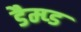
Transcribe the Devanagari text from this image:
डैम्प्ड